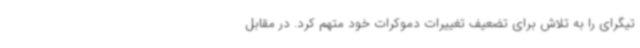
تیگرای را به تلاش برای تضعیف تغییرات دموکرات خود متهم کرد. در مقابل